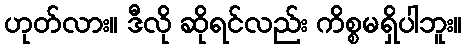
ဟုတ်လား။ ဒီလို ဆိုရင်လည်း ကိစ္စမရှိပါဘူး။